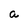
Character: a